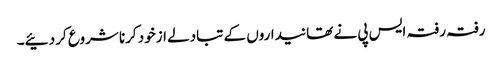
رفتہ رفتہ ایس پی نے تھانیداروں کے تبادلے ازخود کرنا شروع کر دئیے۔